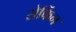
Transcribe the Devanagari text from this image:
सेर्फिन